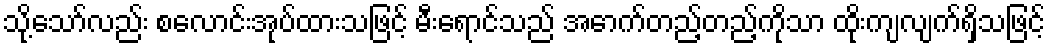
သို့သော်လည်း စလောင်းအုပ်ထားသဖြင့် မီးရောင်သည် အောက်တည့်တည့်ကိုသာ ထိုးကျလျက်ရှိသဖြင့်